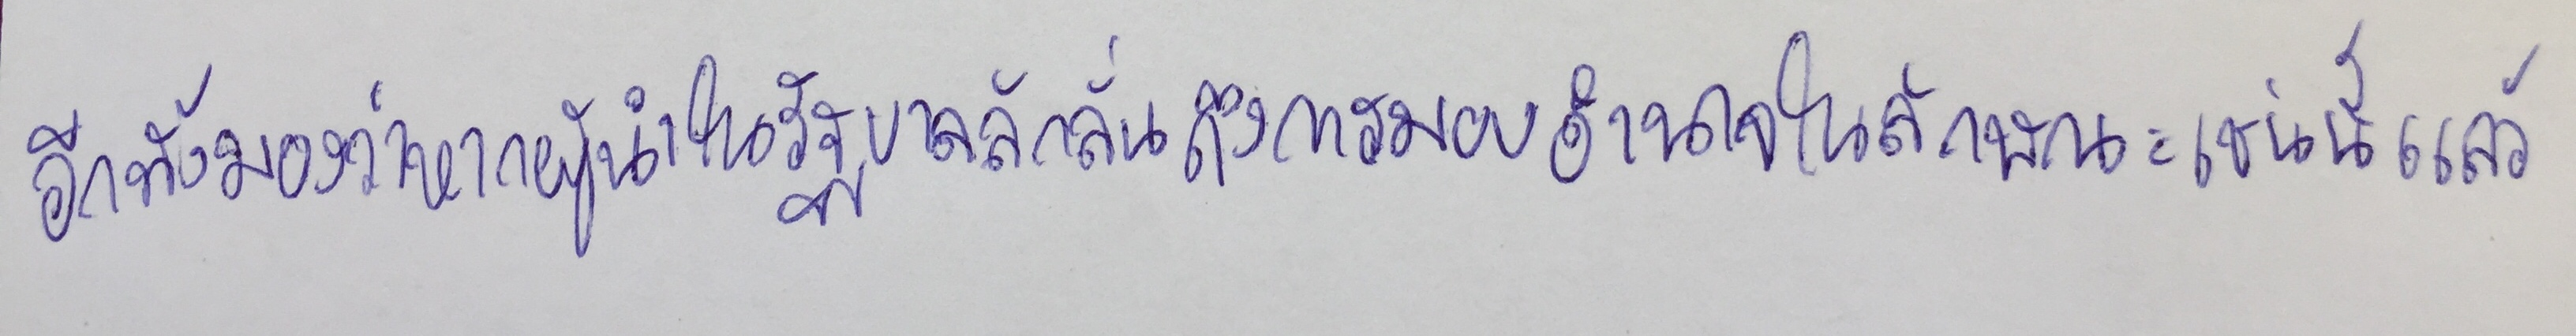
อีกทั้งมองว่าหากผู้นำในรัฐบาลลักลั่นถึงการมอบอำนาจในลักษณะเช่นนี้แล้ว